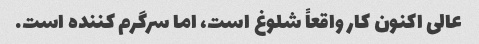
عالی اکنون کار واقعاً شلوغ است، اما سرگرم کننده است.